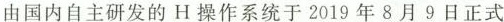
由国内自主研发的H操作系统于2019年8月9日正式